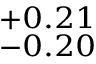
^ { + 0 . 2 1 } _ { - 0 . 2 0 }